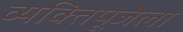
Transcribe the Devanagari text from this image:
व्यक्तिपूजेला